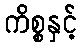
ကိစ္စနှင့်